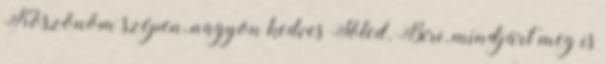
Köszönöm szépen, nagyon kedves Tőled, Biri, mindjárt meg is